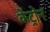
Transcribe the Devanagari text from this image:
केंट्रोन